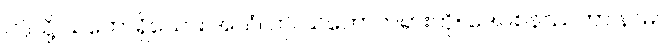
ဤသို့ သဘောရှိသော။ အယံ၊ ဤ သဘောတရားကို။ ဒေါဝစနဿတာ နာမ၊